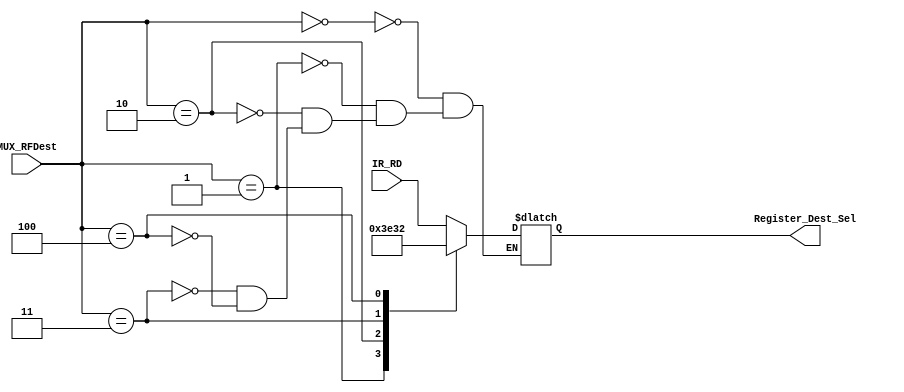
module Multiplexer_RFDest (
				output reg [4:0] Register_Dest_Sel,
				input [4:0] IR_RD,
				input [2:0] MUX_RFDest
				);
				
	always @*
		begin
		case (MUX_RFDest)
			3'b000:
				begin
				Register_Dest_Sel = IR_RD;	// Select RD field from IR
				end
			3'b001:
				begin
				Register_Dest_Sel = 5'b00000;	// Select G0, which is hardcoded to 0
				end
			3'b010:
				begin
				Register_Dest_Sel = 5'b01111;	// Select R15
				end
			3'b011:
				begin
				Register_Dest_Sel = 5'b10001;	// Select R17
				end
			3'b100:
				begin
				Register_Dest_Sel = 5'b10010;	// Select R18
				end
			default:
				begin
				//$display("Invalid MUX_RFDest Control Signal: %d", MUX_RFDest);
				end
		endcase
		end
endmodule